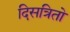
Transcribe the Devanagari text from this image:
दिसत्रितो